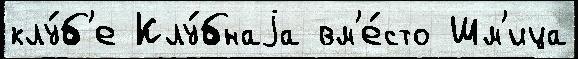
клу́б'е Клу́бнаjа вм'е́сто Шм'ица